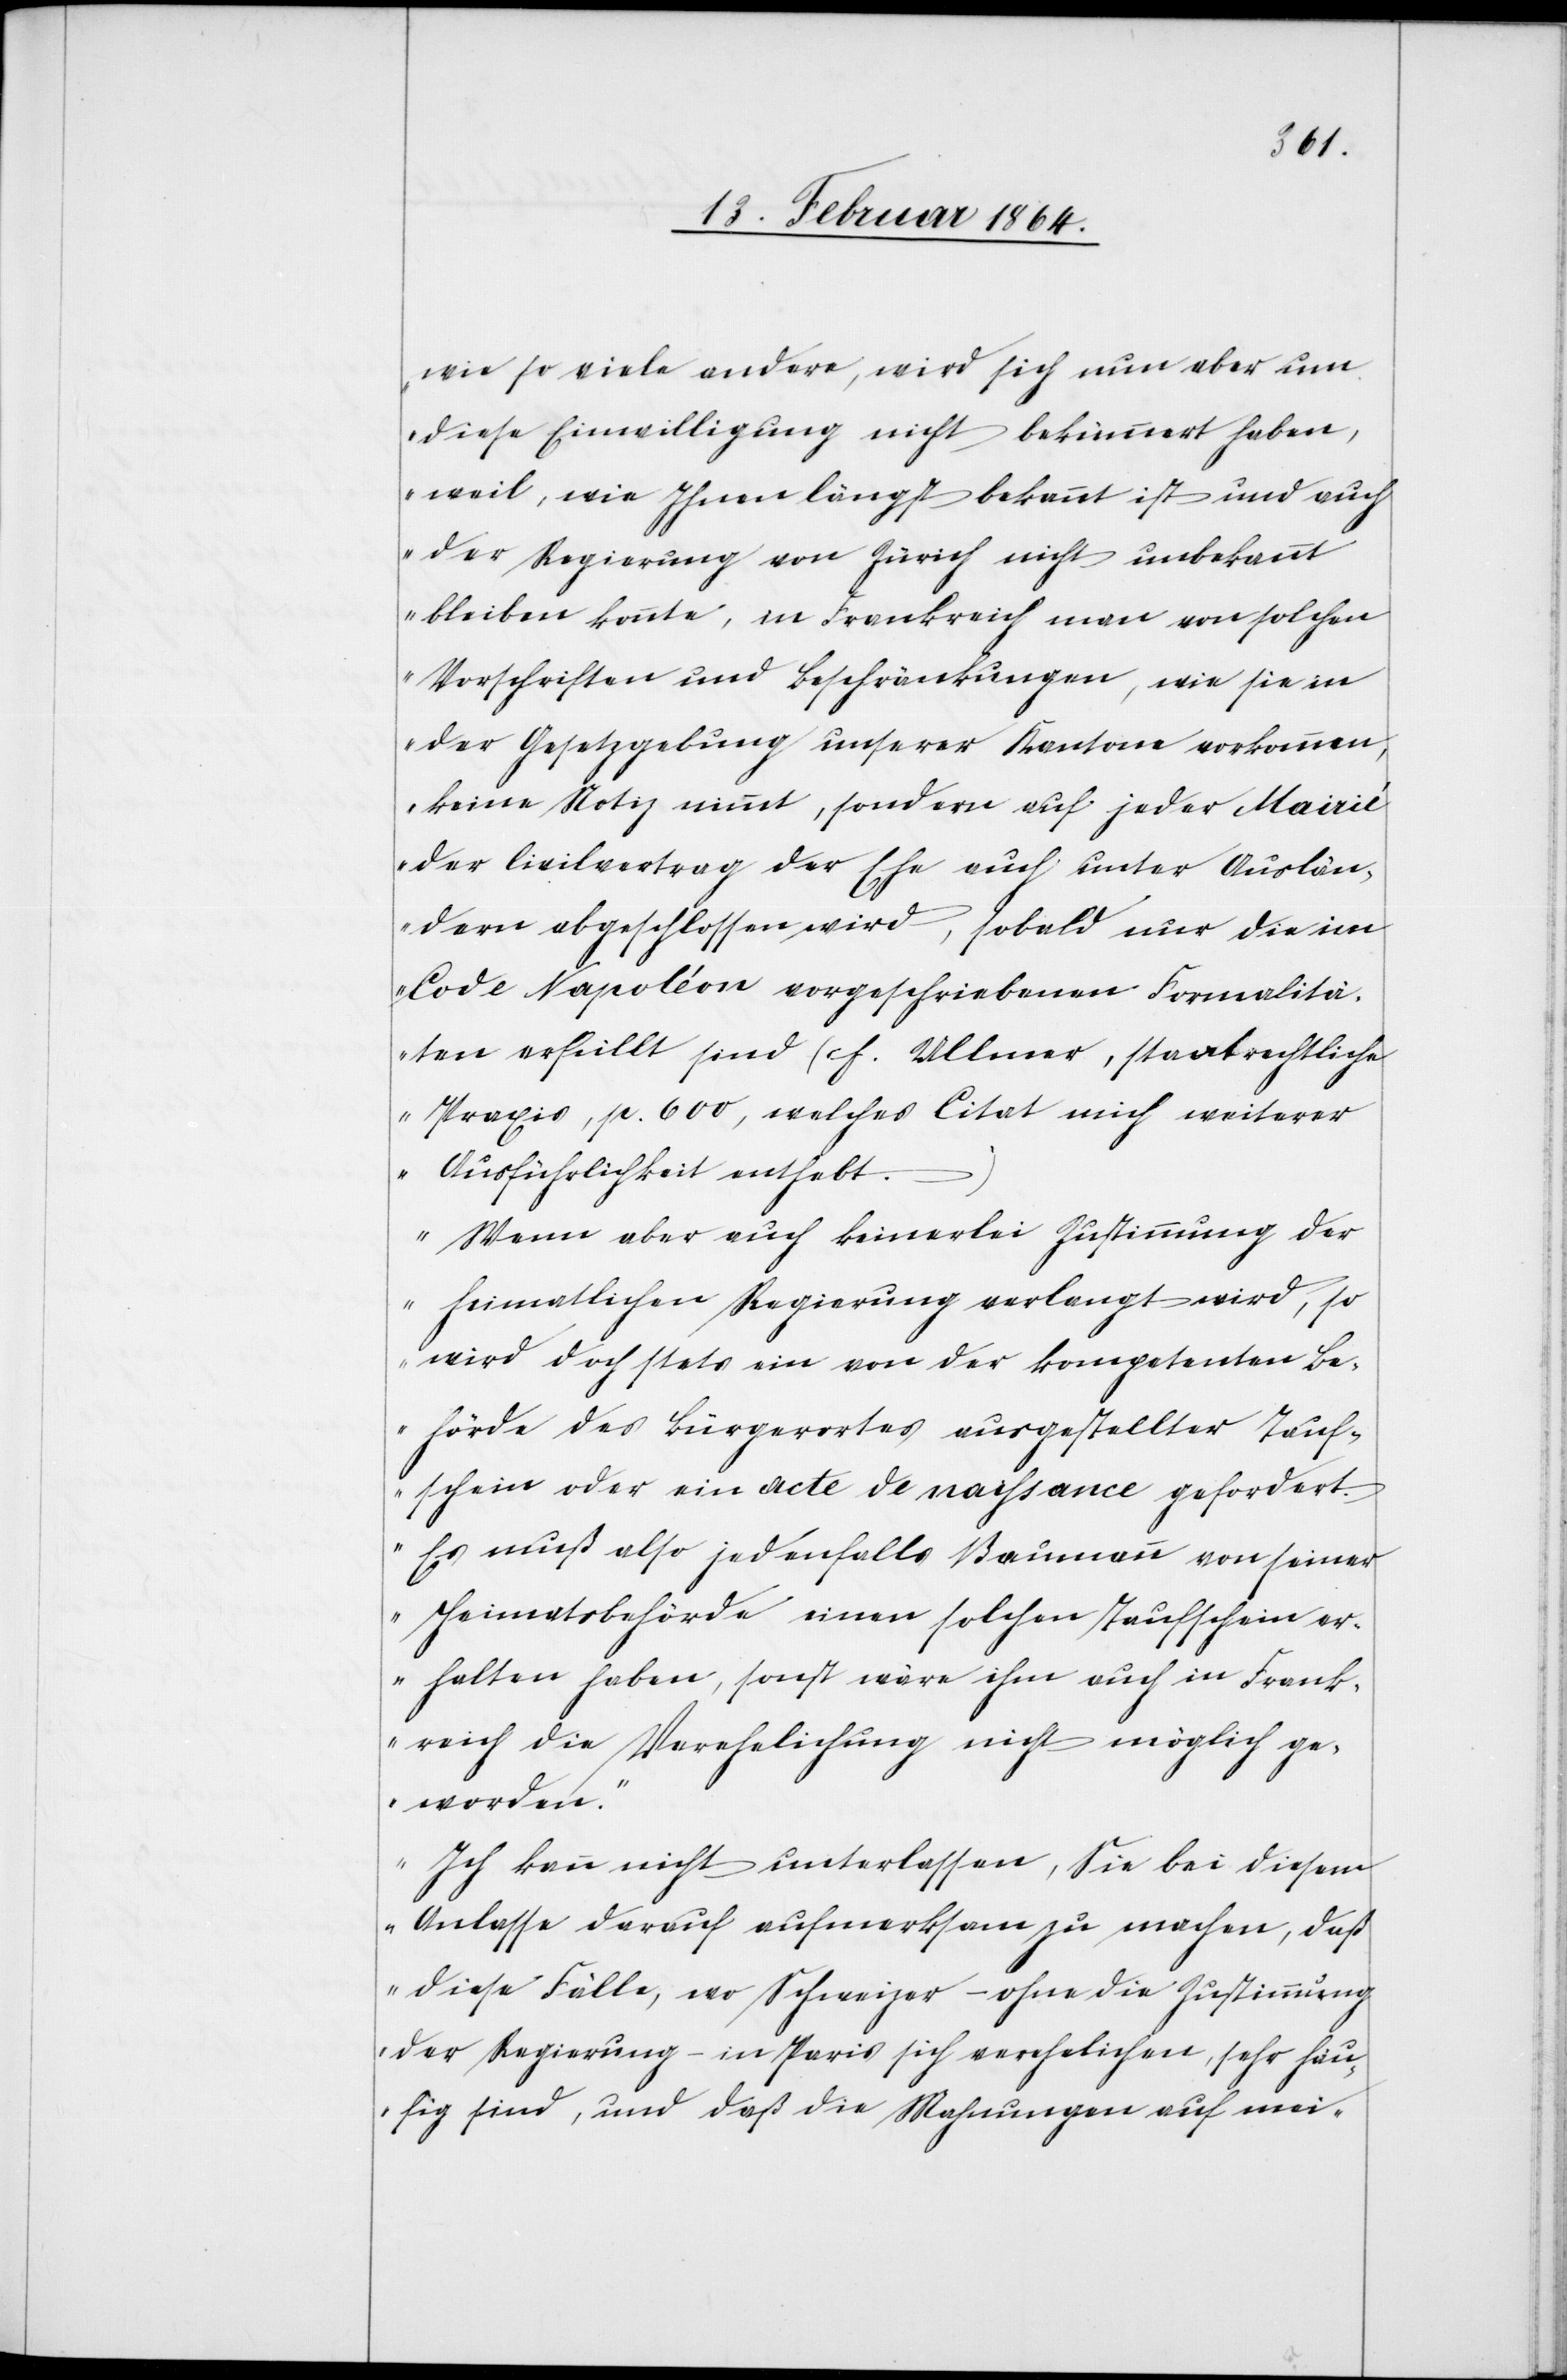
wie so viele andere, wird sich nun aber um
diese Einwilligung nicht bekümmert haben,
weil, wie Ihnen längst bekannt ist und auch
der Regierung von Zürich nicht unbekannt
bleiben konnte, in Frankreich man von solchen
Vorschriften und Beschränkungen, wie sie in
der Gesetzgebung unserer Kantone vorkommen,
keine Notiz nimmt, sondern auf jeder Mairie
der Civilvertrag der Ehe auch unter Auslän¬
dern abgeschlossen wird, sobald nur die im
Code Napoléon vorgeschriebenen Formalitä¬
ten erfüllt sind (cf. Ullmer, staatsrechtliche
Praxis, p. 600, welches Citat mich weiterer
Ausführlichkeit enthebt.)
Wenn aber auch keinerlei Zustimmung der
heimatlichen Regierung verlangt wird, so
wird doch stets ein von der kompetenten Be¬
hörde des Bürgerortes ausgestellter Tauf¬
schein oder ein acte de naissance gefordert.
Es muß also jedenfalls Baumann von seiner
Heimatbehörde einen solchen Taufschein er¬
halten haben, sonst wäre ihm auch in Frank¬
reich die Verehelichung nicht möglich ge¬
worden.
Ich kann nicht unterlassen, Sie bei diesem
Anlasse darauf aufmerksam zu machen, daß
diese Fälle, wo Schweizer – ohne die Zustimmung
der Regierung – in Paris sich verehelichen, sehr häu¬
fig sind, und daß die Mahnungen auf mei-